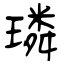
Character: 璘